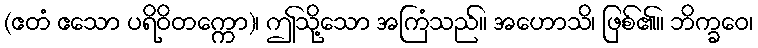
(ဧတံ ဧသော ပရိဝိတက္ကော)၊ ဤသို့သော အကြံသည်။ အဟောသိ၊ ဖြစ်၏။ ဘိက္ခဝေ၊